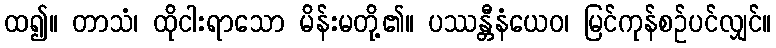
ထ၍။ တာသံ၊ ထိုငါးရာသော မိန်းမတို့၏။ ပဿန္တီနံယေဝ၊ မြင်ကုန်စဉ်ပင်လျှင်။